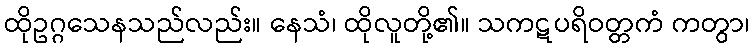
ထိုဥဂ္ဂသေနသည်လည်း။ နေသံ၊ ထိုလူတို့၏။ သကဋပရိဝတ္တကံ ကတွာ၊